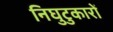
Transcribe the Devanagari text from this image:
निघुटुकारों